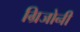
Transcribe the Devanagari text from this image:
ग्रिजोनी